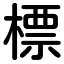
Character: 標